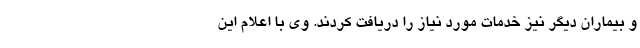
و بیماران دیگر نیز خدمات مورد نیاز را دریافت کردند. وی با اعلام این